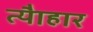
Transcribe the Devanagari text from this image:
त्यैाहार